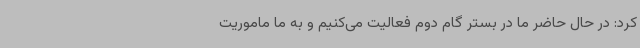
کرد: در حال حاضر ما در بستر گام دوم فعالیت می‌کنیم و به ما ماموریت